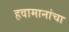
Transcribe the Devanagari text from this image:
हवामानांचा